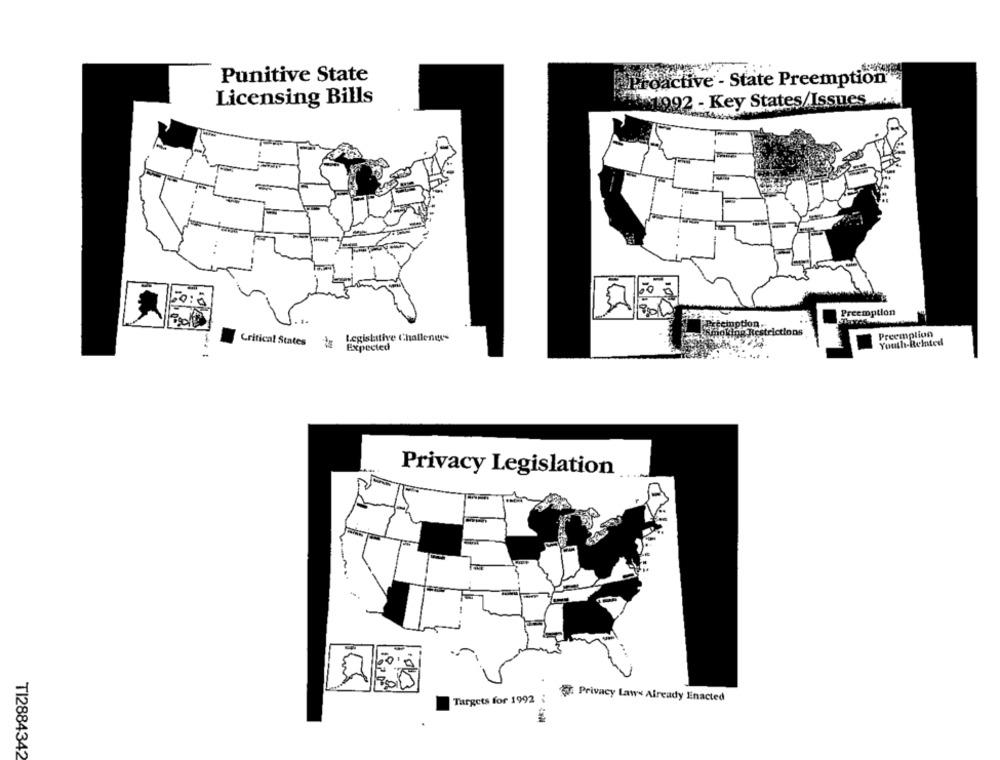
Punitive State
aproactive - State Preemption"
Licensing Bills
1992 - Key States/Issues
To:
Preemption
U ...
inption ..
dictions
Preemption
Critical States
Legislative Challenges
Youth-Related
Expected
Privacy Legislation
Targets for 1992 :
Privacy Laws Already Enacted
TI2884342